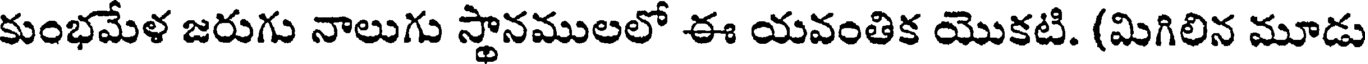
కుంభమేళ జరుగు నాలుగు స్థానములలో ఈ యవంతిక యొకటి. (మిగిలిన మూడు